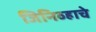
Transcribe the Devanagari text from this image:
जिनिव्हाचे